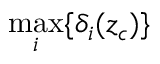
\operatorname* { m a x } _ { i } \{ \delta _ { i } ( z _ { c } ) \}